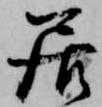
居